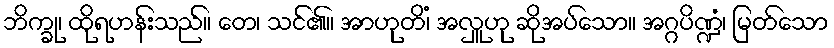
ဘိက္ခု၊ ထိုရဟန်းသည်။ တေ၊ သင်၏။ အာဟုတိံ၊ အလှူဟု ဆိုအပ်သော။ အဂ္ဂပိဏ္ဍံ၊ မြတ်သော